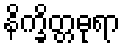
နိက္ခိတ္တဓုရာ